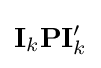
\mathbf {I} _{k}\mathbf {P} \mathbf {I} _{k}^{\prime }